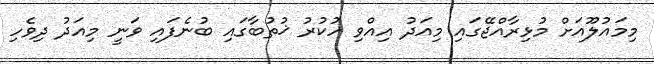
މިމައުލޫއަށް މުޅިރާއްޖޭގައި މިއަދު އިއްވި ހުކުރު ޚުތުބާގައި ބުނެފައި ވަނީ މިއަދު ދިވެހި